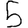
Digit: 5